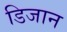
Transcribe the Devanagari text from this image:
डिजान